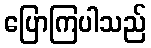
ပြောကြပါသည်